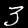
Digit: 3